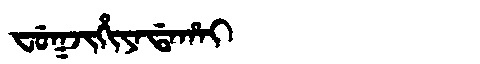
Manchu: ᠸᡠᡴᠵᡳᡥᡳᠶᠠᡩᠠᡥᠠᡳ
Romanization: FUKJIHIYADAHAI